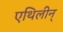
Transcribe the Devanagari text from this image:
एथिलीन्‌